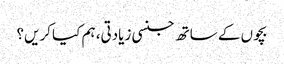
بچوں کے ساتھ جنسی زیادتی، ہم کیا کریں؟